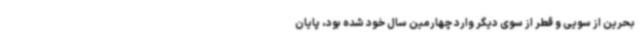
بحرین از سویی و قطر از سوی دیگر وارد چهارمین سال خود شده بود، پایان